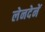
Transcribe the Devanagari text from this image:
लेनदेनें